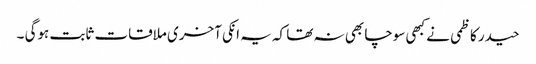
حیدر کاظمی نے کبھی سوچا بھی نہ تھا کہ یہ انکی آخری ملاقات ثابت ہوگی ۔